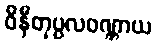
ဝိနီတုပ္ပလဝဏ္ဏာယ